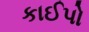
કાઈપો